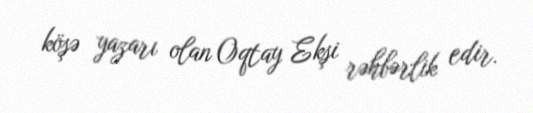
köşə yazarı olan Oqtay Ekşi rəhbərlik edir.